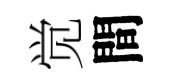
觉間